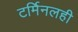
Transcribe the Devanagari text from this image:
टर्मिनलही